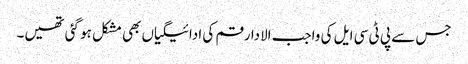
جس سے پی ٹی سی ایل کی واجب الادا رقم کی ادائیگیاں بھی مشکل ہو گئی تھیں۔